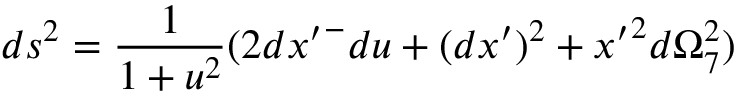
d s ^ { 2 } = \frac { 1 } { 1 + u ^ { 2 } } ( 2 { d x ^ { \prime } } ^ { - } d u + ( d x ^ { \prime } ) ^ { 2 } + { x ^ { \prime } } ^ { 2 } d \Omega _ { 7 } ^ { 2 } )